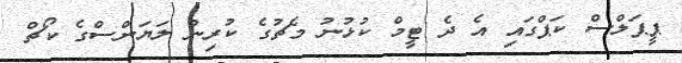
ޕީޕަލްސް ކަޕްގައި އެ ދެ ޓީމް ކުޅުނު މެޗުގެ ކުރިން ލަޔަންސްގެ ކޯޗް